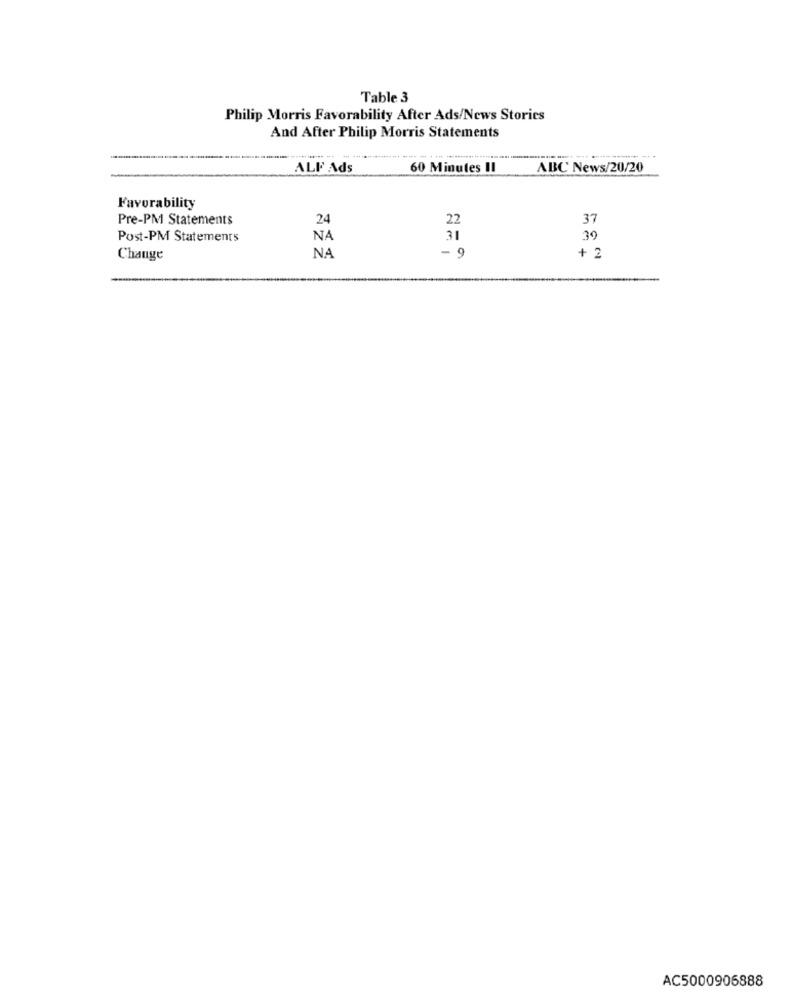
Table 3
Philip Morris Favorability After Ads/News Stories
And After Philip Morris Statements
ALF Ads
60 Minutes II
ABC News/20/20
Favorability
Pre-PM Statements
24
22
37
Post-PM Statements
NA
31
39
Change
NA
- 9
+ 2
AC5000906888